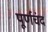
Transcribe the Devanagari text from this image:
पूर्णचंद